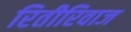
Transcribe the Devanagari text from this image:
रितीरिवाज